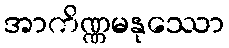
အာကိဏ္ဏမနုဿော